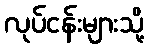
လုပ်ငန်းများသို့